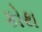
કોથ